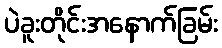
ပဲခူးတိုင်းအနောက်ခြမ်း